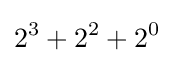
2^{3}+2^{2}+2^{0}